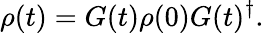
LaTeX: \rho(t)=G(t)\rho(0)G(t)^{\dagger}.